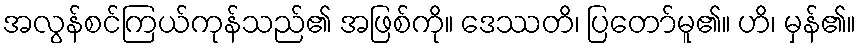
အလွန်စင်ကြယ်ကုန်သည်၏ အဖြစ်ကို။ ဒေဿတိ၊ ပြတော်မူ၏။ ဟိ၊ မှန်၏။